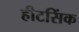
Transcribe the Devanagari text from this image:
हीटसिंक